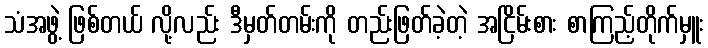
သံအဖွဲ့ ဖြစ်တယ် လို့လည်း ဒီမှတ်တမ်းကို တည်းဖြတ်ခဲ့တဲ့ အငြိမ်းစား စာကြည့်တိုက်မှူး